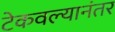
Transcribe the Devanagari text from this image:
टेकवल्यानंतर